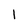
Character: l